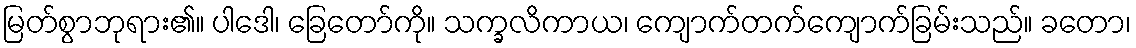
မြတ်စွာဘုရား၏။ ပါဒေါ၊ ခြေတော်ကို။ သက္ခလိကာယ၊ ကျောက်တက်ကျောက်ခြမ်းသည်။ ခတော၊